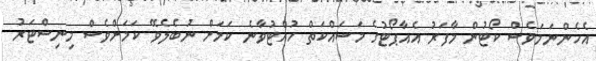
އެހެންނަމަވެސް ކޯޓުން މާފަރު އެއާޕޯޓުގެ މަސައްކަތް ހުއްޓުވާނެ ކަމަށް ނުބެލެވޭ ކަމަށްވެސް މިނިސްޓަރު